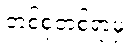
တစ်စုံတစ်ရာမှ